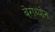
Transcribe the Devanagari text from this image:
बेराथ्योन